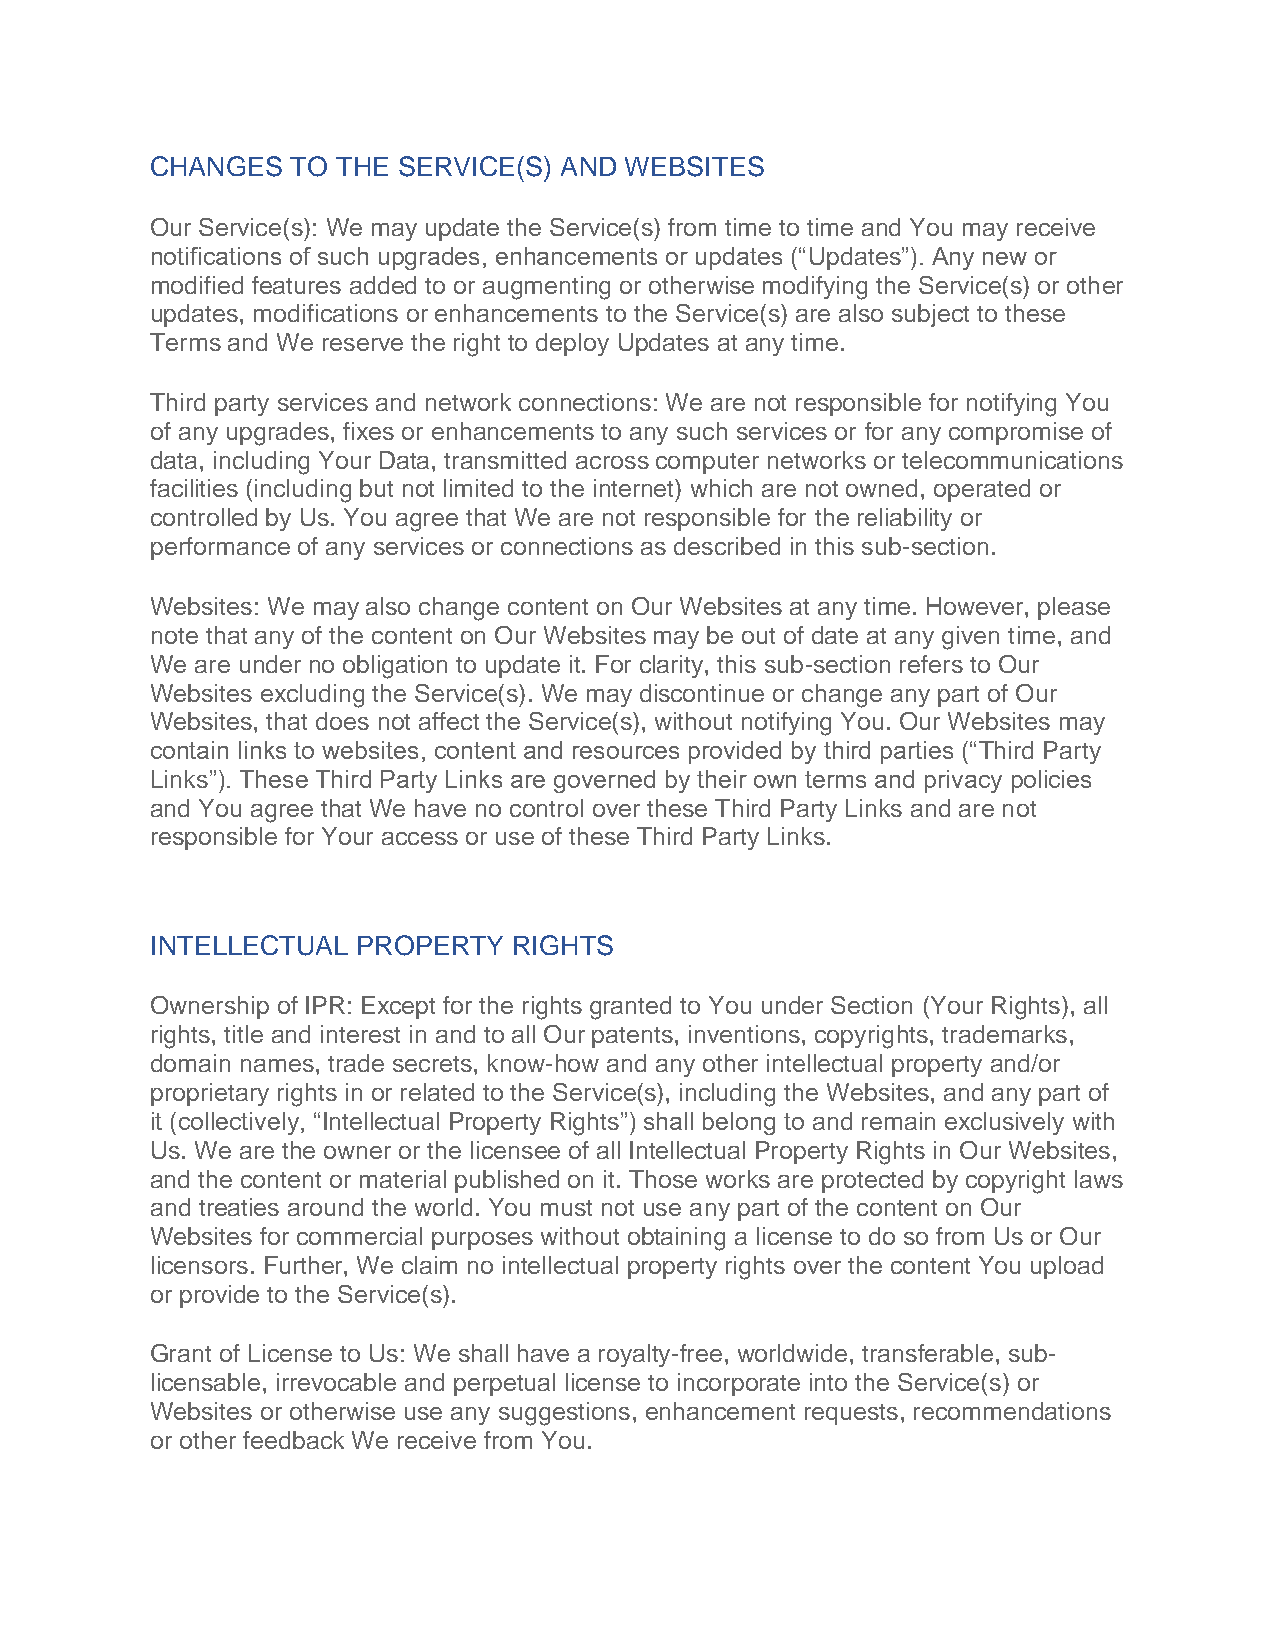
CHANGES  TO THE SERVICE(S) AND WEBSITES
 Our Service(s): We may update the Service(s) from time to time and You may receive
 notifications of such upgrades, enhancements or updates (“Updates”). Any new or
 modified features added to or augmenting or otherwise modifying the Service(s) or other
 updates, modifications or enhancements to the Service(s) are also subject to these
 Terms and We reserve the right to deploy Updates at any time.
 Third party services and network connections: We are not responsible for notifying You
 of any upgrades, fixes or enhancements to any such services or for any compromise of
 data, including Your Data, transmitted across computer networks or telecommunications
 facilities (including but not limited to the internet) which are not owned, operated or
 controlled by Us. You agree that We are not responsible for the reliability or
 performance of any services or connections as described in this sub-section.
 Websites: We may also change content on Our Websites at any time. However, please
 note that any of the content on Our Websites may be out of date at any given time, and
 We are under no obligation to update it. For clarity, this sub-section refers to Our
 Websites excluding the Service(s). We may discontinue or change any part of Our
 Websites, that does not affect the Service(s), without notifying You. Our Websites may
 contain links to websites, content and resources provided by third parties (“Third Party
 Links”). These Third Party Links are governed by their own terms and privacy policies
 and You agree that We have no control over these Third Party Links and are not
 responsible for Your access or use of these Third Party Links.
 INTELLECTUAL  PROPERTY  RIGHTS
 Ownership of IPR: Except for the rights granted to You under Section (Your Rights), all
 rights, title and interest in and to all Our patents, inventions, copyrights, trademarks,
 domain names, trade secrets, know-how and any other intellectual property and/or
 proprietary rights in or related to the Service(s), including the Websites, and any part of
 it (collectively, “Intellectual Property Rights”) shall belong to and remain exclusively with
 Us. We are the owner or the licensee of all Intellectual Property Rights in Our Websites,
 and the content or material published on it. Those works are protected by copyright laws
 and treaties around the world. You must not use any part of the content on Our
 Websites for commercial purposes without obtaining a license to do so from Us or Our
 licensors. Further, We claim no intellectual property rights over the content You upload
 or provide to the Service(s).
 Grant of License to Us: We shall have a royalty-free, worldwide, transferable, sub-
 licensable, irrevocable and perpetual license to incorporate into the Service(s) or
 Websites or otherwise use any suggestions, enhancement requests, recommendations
 or other feedback We receive from You.